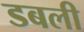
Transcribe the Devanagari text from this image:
डबली